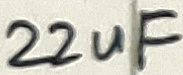
Text: 22uF